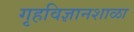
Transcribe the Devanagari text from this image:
गृहविज्ञानशाळा